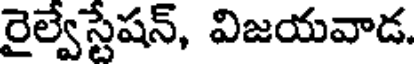
రైల్వేస్టేషన్, విజయవాడ.